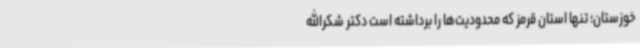
خوزستان؛ تنها استان قرمز که محدودیت‌ها را برداشته است دکتر شکرالله